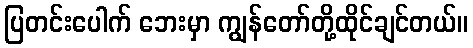
ပြတင်းပေါက် ဘေးမှာ ကျွန်တော်တို့ထိုင်ချင်တယ်။